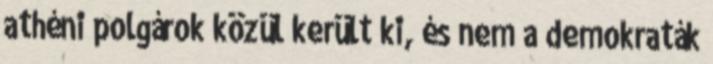
athéni polgárok közül került ki, és nem a demokraták